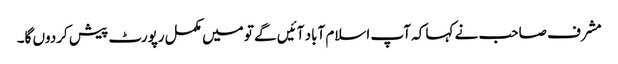
مشرف صاحب نے کہا کہ آپ اسلام آباد آئیں گے تو میں مکمل رپورٹ پیش کردوں گا۔